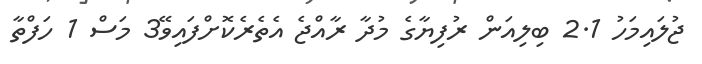
ޖުލައިމަހު 2.1 ބިލިއަން ރުފިޔާގެ މުދާ ރާއްޖެ އެތެރެކޮށްފައިވޭ3 މަސް 1 ހަފްތާ